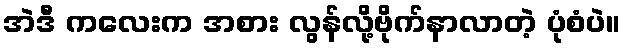
အဲဒီ ကလေးက အစား လွန်လို့ဗိုက်နာလာတဲ့ ပုံစံပဲ။